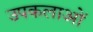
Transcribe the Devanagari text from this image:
उपकलाओं